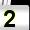
Digit: 2